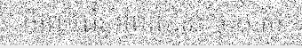
ចំពោះជីវភាពរស់នៅប្រចាំថ្ងៃ